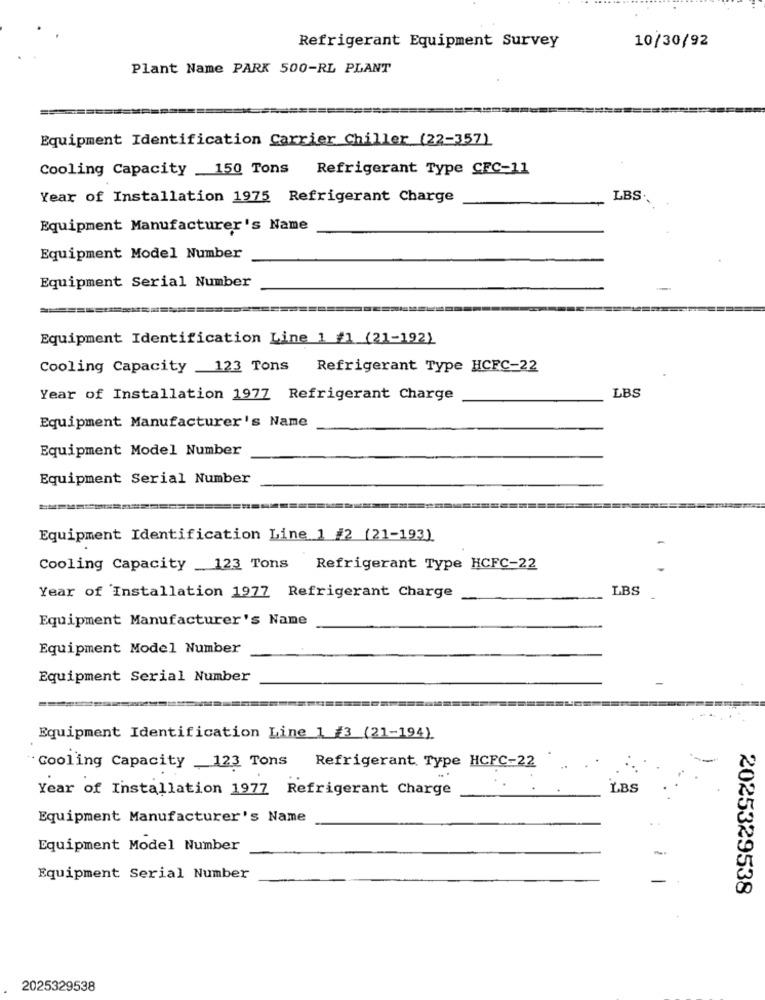
Refrigerant Equipment Survey
10/30/92
Plant Name PARK 500-RL PLANT
Equipment Identification Carrier Chiller (22-357)
Cooling Capacity 150 Tons Refrigerant Type CFC-11
Year of Installation 1975 Refrigerant Charge
LBS.
Equipment Manufacturer's Name
Equipment Model Number
Equipment Serial Number
Equipment Identification Line 1 /1 (21-192)
Cooling Capacity 123 Tons Refrigerant Type HCFC-22
LBS
Year of Installation 1977 Refrigerant Charge
Equipment Manufacturer's Name
Equipment Model Number
Equipment Serial Number
Equipment Identification Line 1 /2 (21-193)
Cooling Capacity 123 Tons
Refrigerant Type HCFC-22
LBS
Year of Installation 1977 Refrigerant Charge
Equipment Manufacturer's Name
Equipment Model Number
Equipment Serial Number
Equipment Identification Line 1 #3 (21-194).
Refrigerant, Type HCFC-22
Cooling Capacity 123 Tons
Year of Installation 1977 Refrigerant Charge
LBS
Equipment Manufacturer's Name
Equipment Model Number
-
Equipment Serial Number
2025329538
2025329538